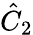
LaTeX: {\hat{C}}_{2}